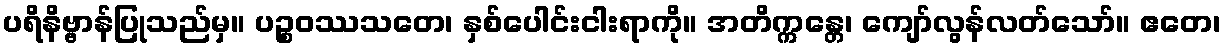
ပရိနိဗ္ဗာန်ပြုသည်မှ။ ပဉ္စဝဿသတေ၊ နှစ်ပေါင်းငါးရာကို။ အတိက္ကန္တေ၊ ကျော်လွန်လတ်သော်။ ဧတေ၊